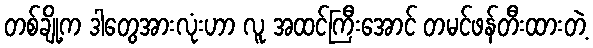
တစ်ချို့က ဒါတွေအားလုံးဟာ လူ အထင်ကြီးအောင် တမင်ဖန်တီးထားတဲ့